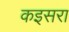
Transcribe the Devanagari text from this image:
कइसरा